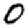
Digit: 0